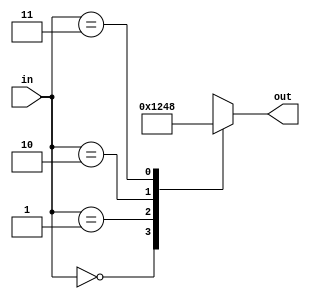
`timescale 1ns/1ps
`default_nettype none

module Decode24 (out, in);
	input wire [1:0] in;
	output reg [3:0] out;
	
	always @(in)
		begin
			case(in)
				2'b00: out = 4'b0001;
				2'b01: out = 4'b0010;
				2'b10: out = 4'b0100;
				2'b11: out = 4'b1000;
			endcase
		end
	
endmodule